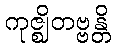
ကုဇ္ဈိတဗ္ဗန္တိ